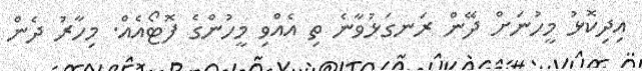
އިދިކޮޅު މީހުނަށް ދޭން ރަނގަޅުވާނެ ތި އެއްވި މީހުންގެ ފޮޓޯއެއް. މިހާރު ދެން